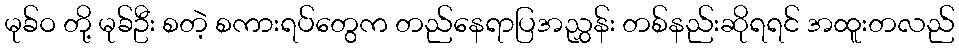
မုခ်ဝ တို့ မုခ်ဦး စတဲ့ စကားရပ်တွေက တည်နေရာပြအညွှန်း တစ်နည်းဆိုရရင် အထူးတလည်